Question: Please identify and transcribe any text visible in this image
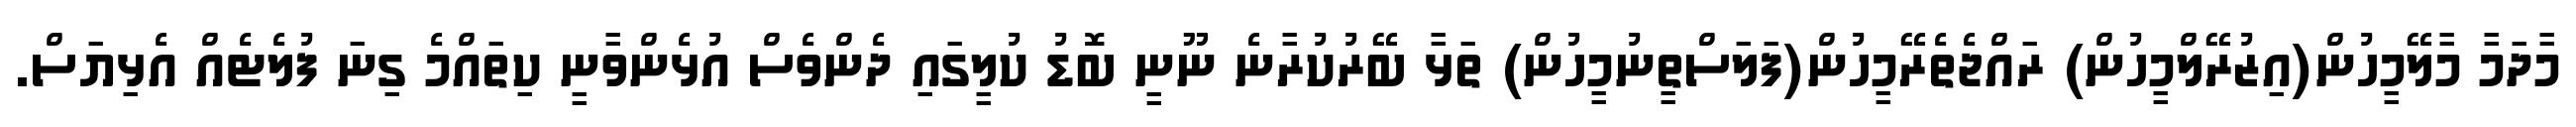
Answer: މާދަމާ މާލޭމީހުން(އިޒުރޭލްމީހުން) ރައްޖެތެރޭމީހުން(ފަލަސްތީނުމީހުން) ތަޅާ ބޭރުކުރާނެ ނޫނީ ބޮޑު ކުލީގައި ދެންވެސް އުޅެންވާނީ ކިތައްމެ ގިނަ ފުލެޓެއް އެޅިޔަސް.